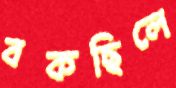
বকছিলে